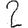
Digit: 2